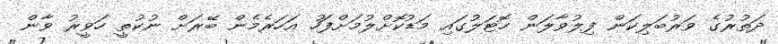
ދަތުރުގެ ވަރުބަލިކަން ފިލުވާލަން ހޮޓަލުގައި މަޑުކޮށްލުމަށްފަހު އަހަރެމެން ބޭރަށް ނުކުތީ ހަވީރު ވާން